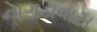
નાગડાવાસ